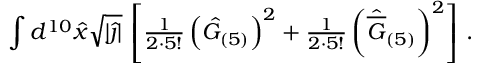
\int d ^ { 1 0 } \hat { x } \sqrt { | \hat { \jmath } | } \, \left[ { \textstyle \frac { 1 } { 2 \cdot 5 ! } } \left( \hat { G } _ { ( 5 ) } \right) ^ { 2 } + { \textstyle \frac { 1 } { 2 \cdot 5 ! } } \left( \hat { \overline { { { G } } } } _ { ( 5 ) } \right) ^ { 2 } \right] \, .